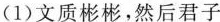
(1)文质彬彬，然后君子